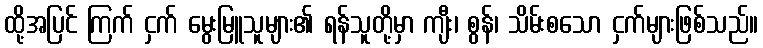
ထို့အပြင် ကြက် ငှက် မွေးမြူသူများ၏ ရန်သူတို့မှာ ကျီး၊ စွန်၊ သိမ်းစသော ငှက်များဖြစ်သည်။